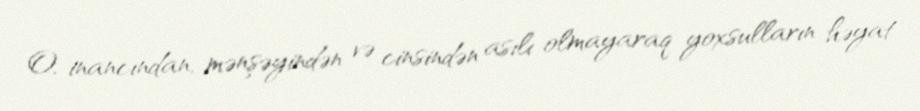
O, inancından, mənşəyindən və cinsindən asılı olmayaraq yoxsulların həyat